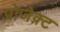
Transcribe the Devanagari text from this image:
प्रोजेक़्ट